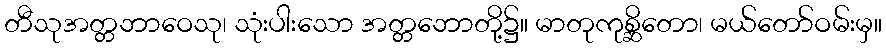
တီသုအတ္တဘာဝေသု၊ သုံးပါးသော အတ္တဘောတို့၌။ မာတုကုစ္ဆိတော၊ မယ်တော်ဝမ်းမှ။